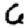
Digit: 6